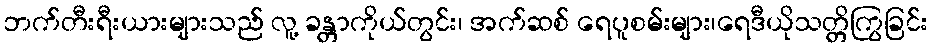
ဘက်တီးရီးယားများသည် လူ့ ခန္တာကိုယ်တွင်း၊ အက်ဆစ် ရေပူစမ်းများ၊ရေဒီယိုသတ္တိကြွခြင်း